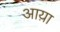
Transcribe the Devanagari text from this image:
आय़ा